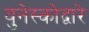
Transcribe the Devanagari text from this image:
युनेस्कोद्वारे